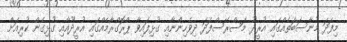
މިފަދަ މުނާސަބަތެއްގައި އުރީދޫ މަސްރޭސްފަދަ ދިވެހިންނާއި ގުޅިފައިވާ ޕްރޮގްރާމެއްގައި އުރީދޫއާއި ގުޅިގެން ކުރިއަށް